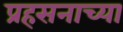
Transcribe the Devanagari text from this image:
प्रहसनाच्या